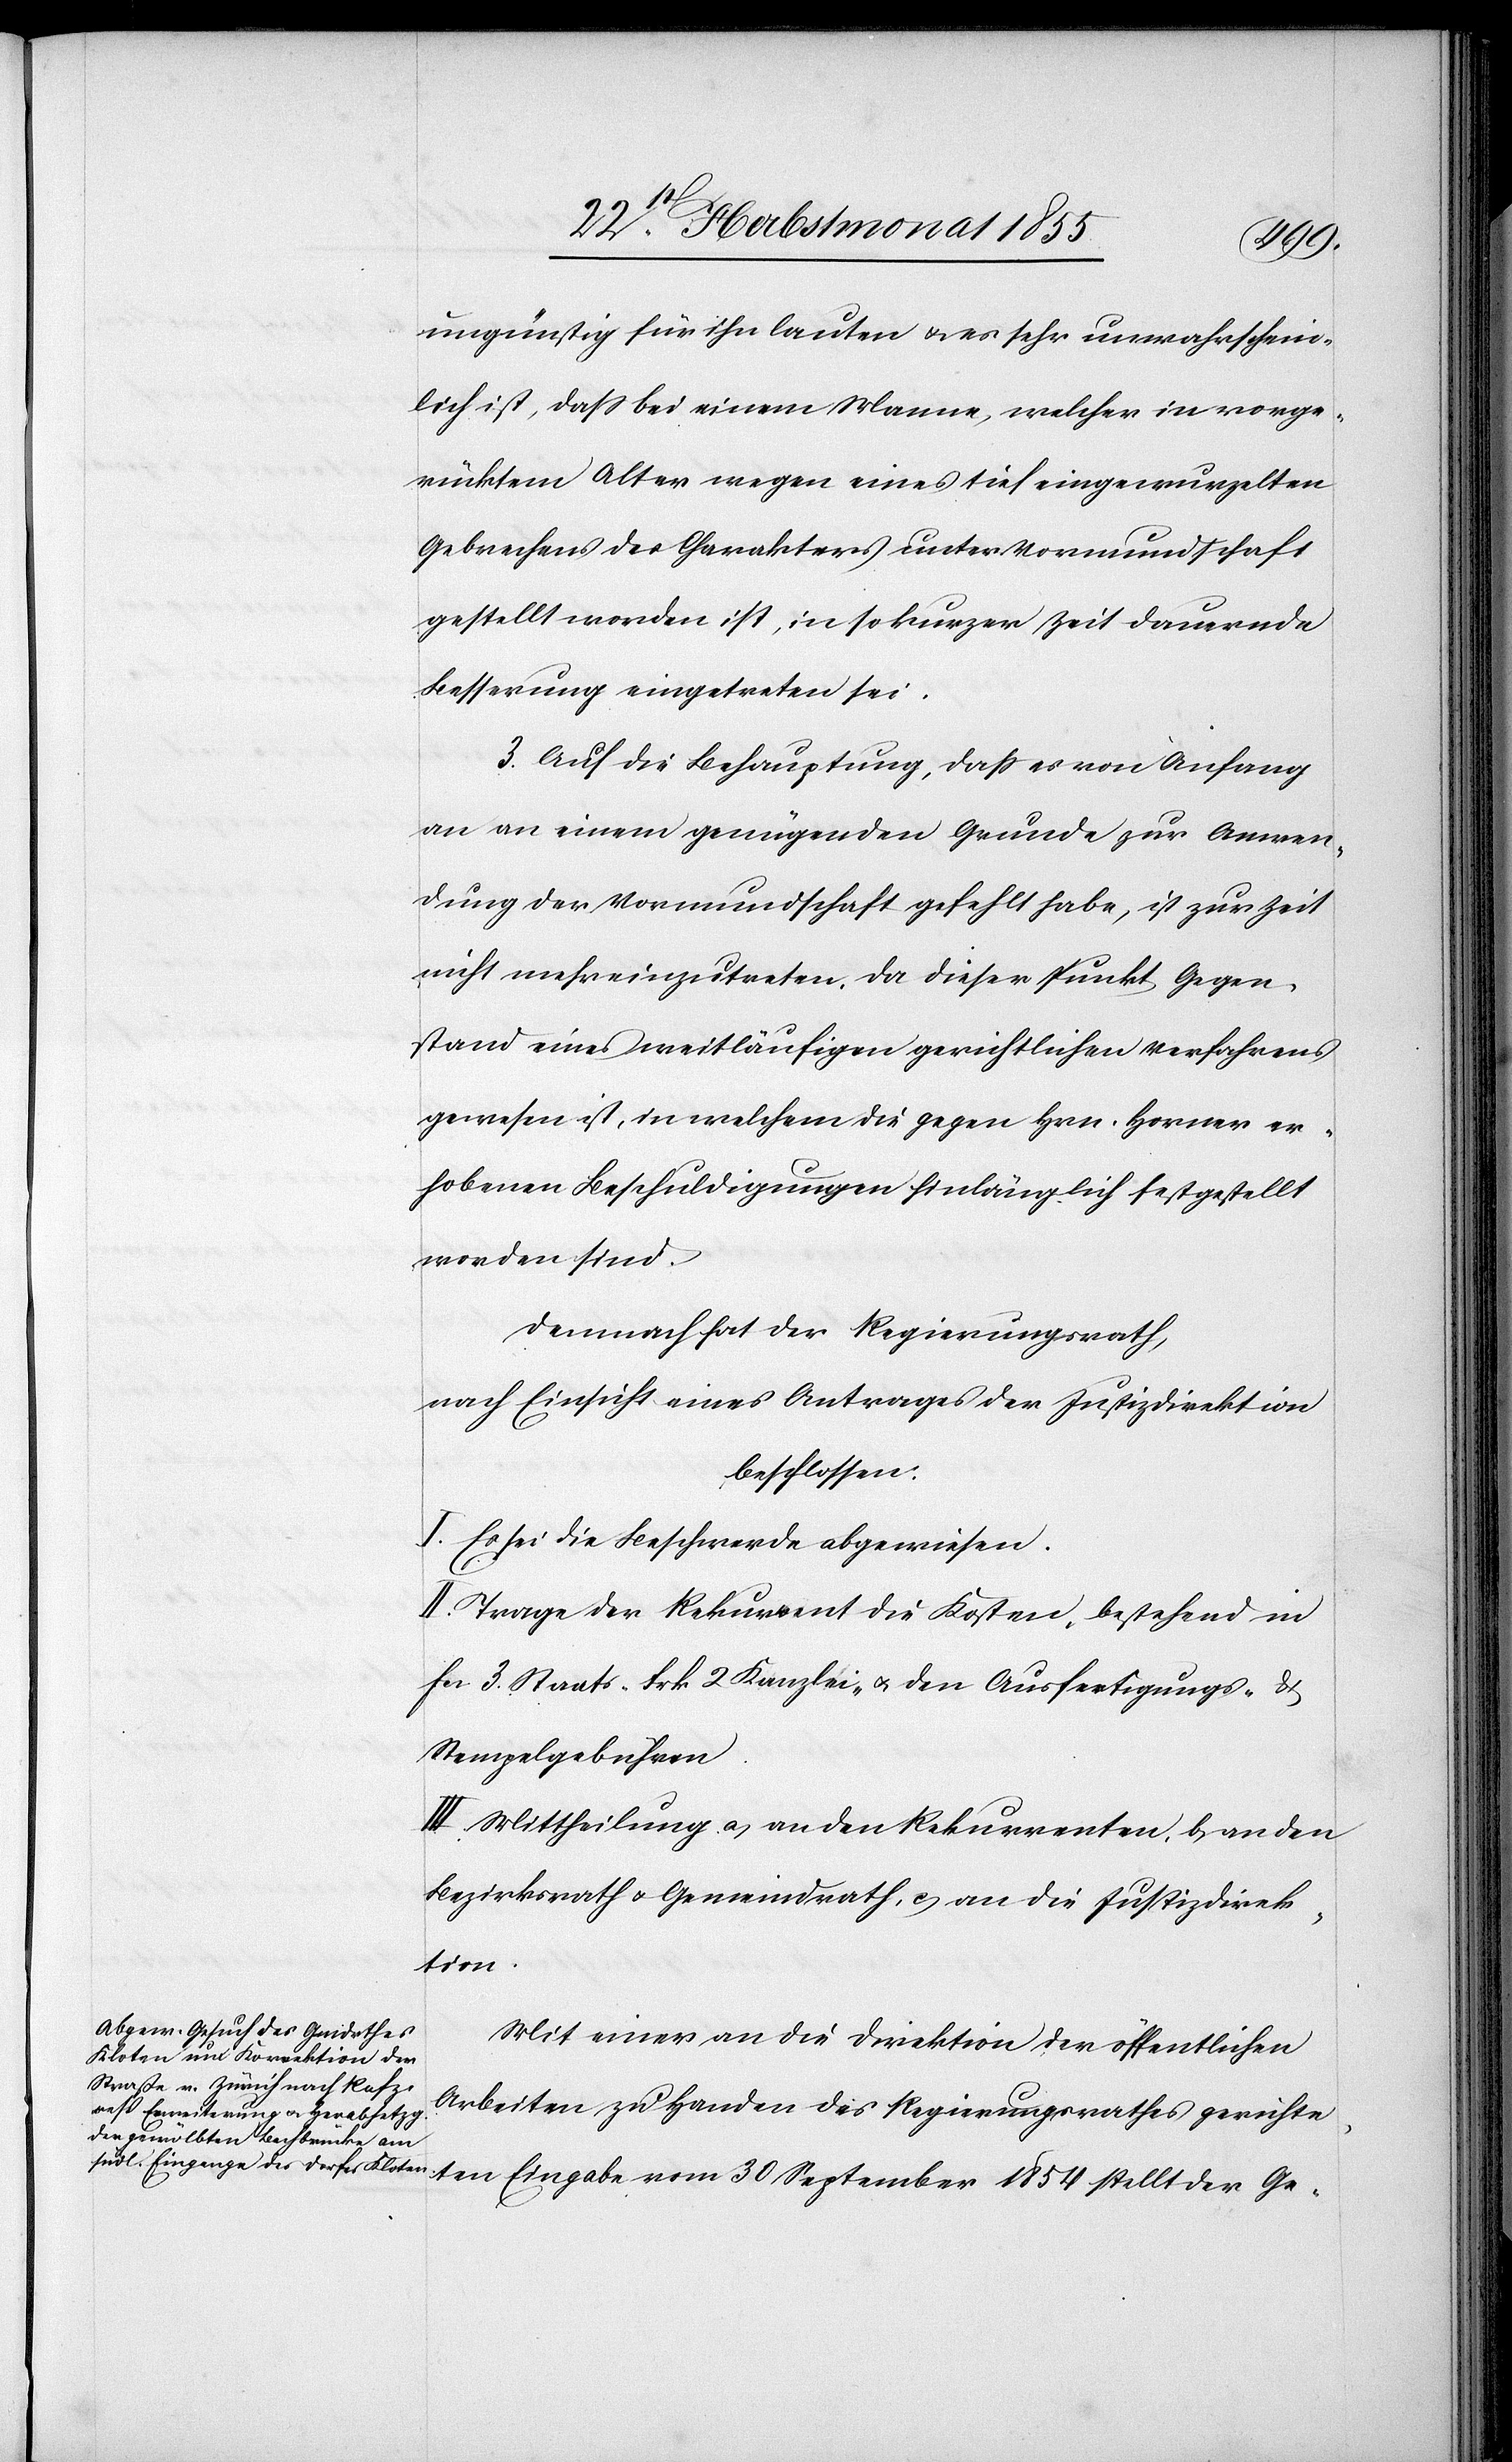
ungünstig für ihn lauten & es sehr unwahrschein¬
lich ist, dass bei einem Manne, welcher in vorge¬
rücktem Alter wegen eines tief eingewurzelten
Gebrechens des Charakters unter Vormundschaft
gestellt worden ist, in so kurzer Zeit dauernde
Besserung eingetreten sei.
3. Auf die Behauptung, dass es von Anfang
an an einem genügenden Grunde zur Anwen¬
dung der Vormundschaft gefehlt habe, ist zur Zeit
nicht mehr einzutreten, da dieser Punkt Gegen¬
stand eines weitläufigen gerichtlichen Verfahrens
gewesen ist, in welchem die gegen Hrn. Horner er¬
hobenen Beschuldigungen hinlänglich festgestellt
worden sind.
Demnach hat der Regierungsrath,
nach Einsicht eines Antrages der Justizdirektion
beschlossen:
I. Es sei die Beschwerde abgewiesen.
II. Trage der Rekurrent die Kosten, bestehend in
Fcs 3. Staats-[,] Frk 2 Kanzlei- & den Ausfertigungs- &
Stempelgebühren.
III. Mittheilung a) an den Rekurrenten, b) an den
Bezirksrath & Gemeindrath, c) an die Justizdirek¬
tion.
Mit einer an die Direktion der öffentlichen
Arbeiten zu Handen des Regierungsrathes gerichte¬
ten Eingabe vom 30 September 1854 stellt der Ge-